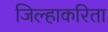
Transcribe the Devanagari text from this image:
जिल्हाकरिता